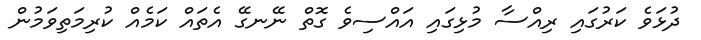
ދުޅަވެ ކަރުގައި ރިއްސާ މުޅިގައި އައްސިވެ ގޮތް ނޭނގޭ އެތައް ކަމެއް ކުރިމަތިވަމުން